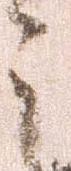
之